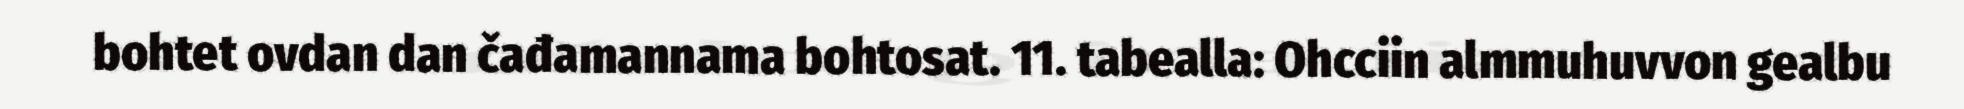
bohtet ovdan dan čađamannama bohtosat. 11. tabealla: Ohcciin almmuhuvvon gealbu